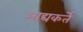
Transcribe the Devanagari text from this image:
आद्यकर्ते